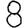
Digit: 8